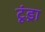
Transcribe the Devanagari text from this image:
टूंड्रा